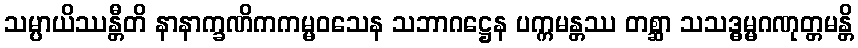
သမ္ပာယိဿန္တီတိ နာနာက္ခဏိကကမ္မဝသေန သဘာဂဋ္ဌေန ပက္ကမန္တဿ တစ္ဆာ သသဒ္ဓမ္မဂဏုတ္တမန္တိ